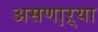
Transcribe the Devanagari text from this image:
असणा़ऱ्या